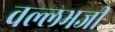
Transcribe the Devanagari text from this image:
वल्लभजी